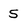
Character: 5